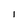
Character: i